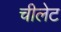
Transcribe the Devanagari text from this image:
चीलेट